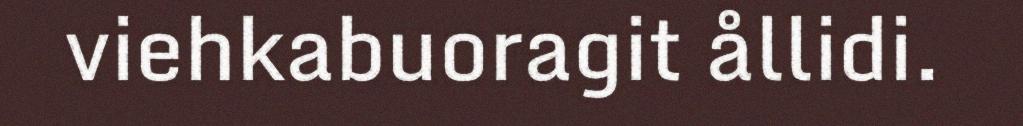
viehkabuoragit ållidi.